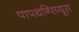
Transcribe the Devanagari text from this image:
पापथन्सियूस